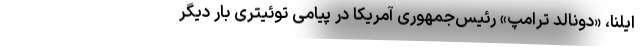
ایلنا، «دونالد ترامپ» رئیس‌جمهوری آمریکا در پیامی توئیتری بار دیگر